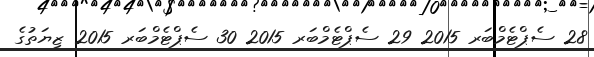
28 ސެޕްޓެމްބަރ 2015 29 ސެޕްޓެމްބަރ 2015 30 ސެޕްޓެމްބަރ 2015 ޒިޔަތުގެ